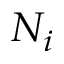
N _ { i }